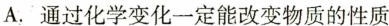
A.通过化学变化一定能改变物质的性质